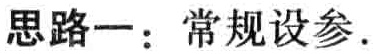
思路一：常规设参.